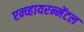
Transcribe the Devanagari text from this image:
एन्व्हायरन्मेंटल